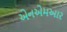
એનએમઆર